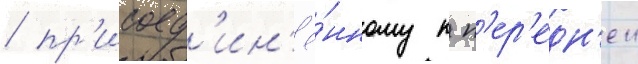
/ пр'исоед'ин'ё́нному к п'ер'едн'еи